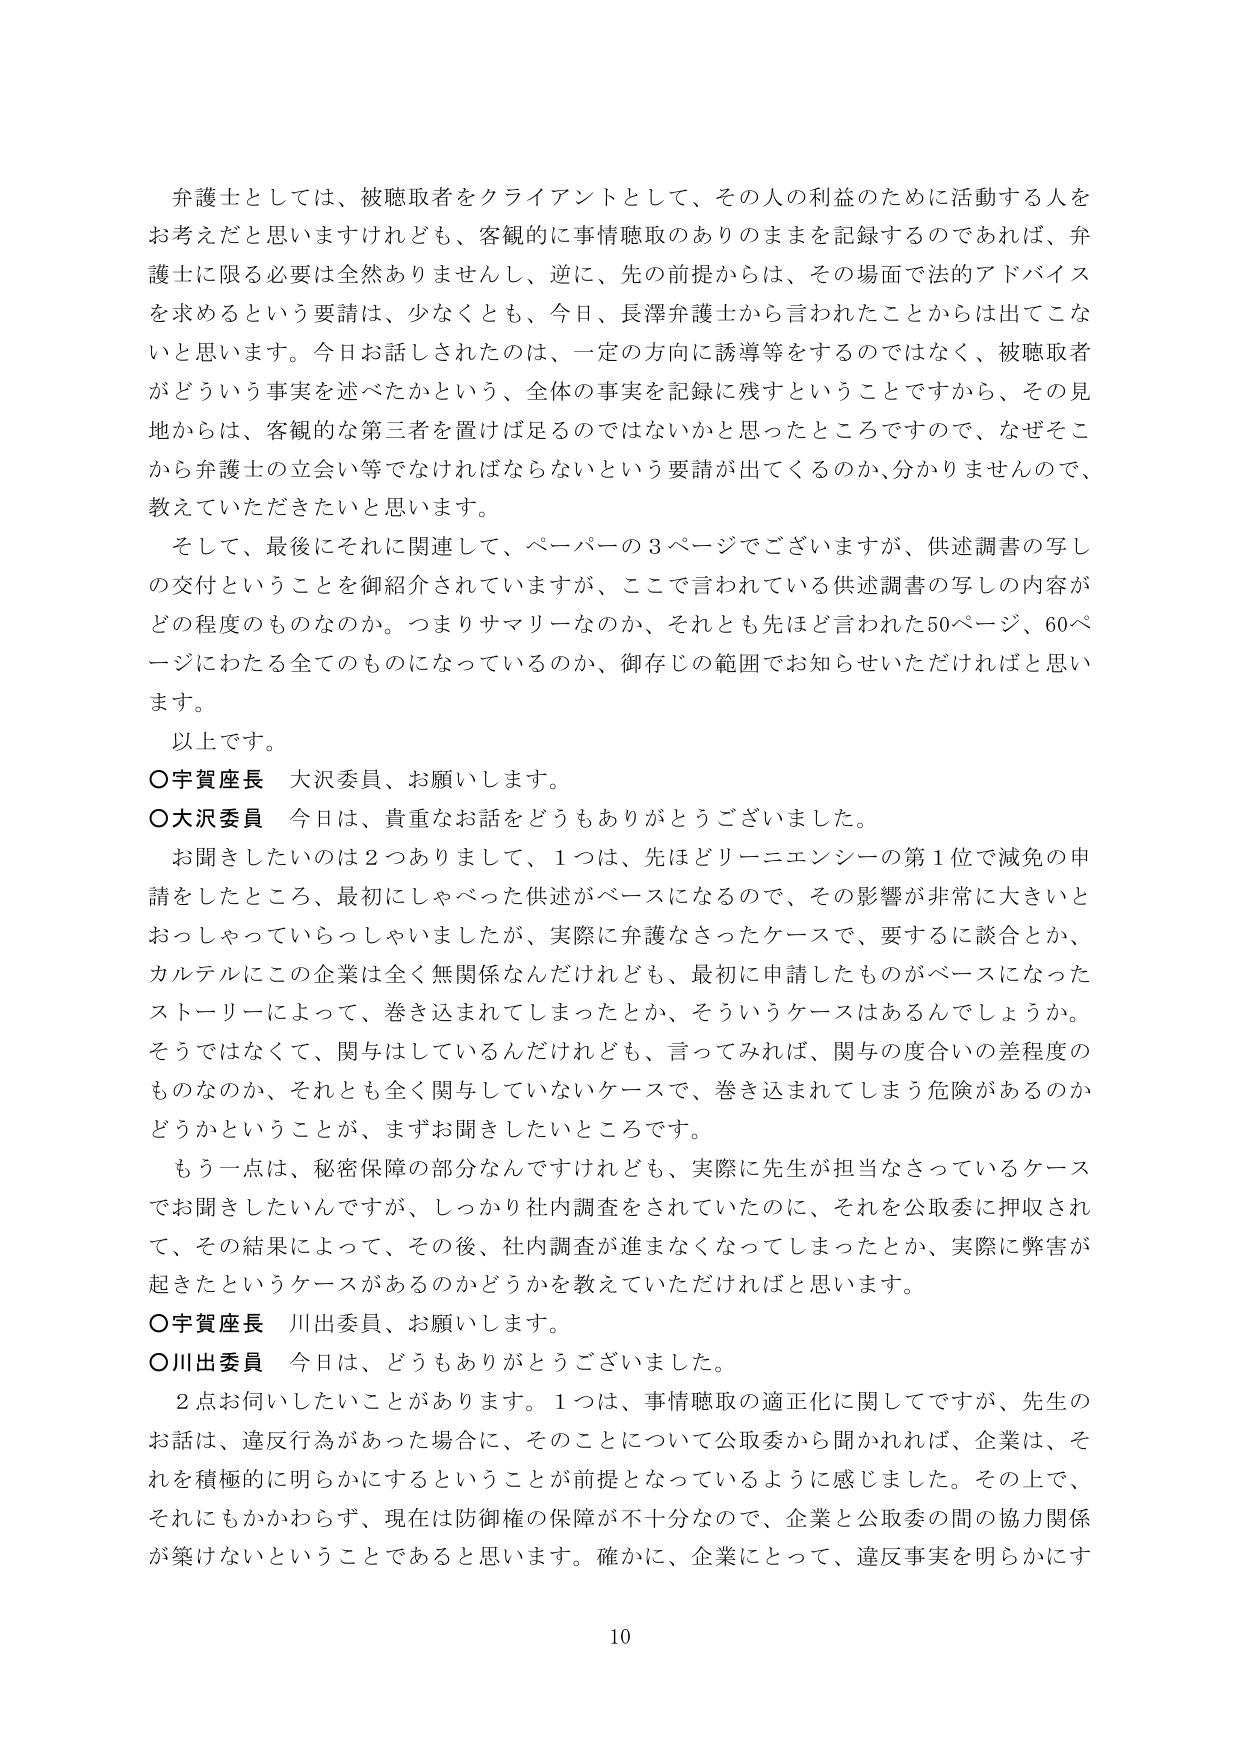
弁護士としては、被聴取者をクライアントとして、その人の利益のために活動する人をお考えだと思いますけれども、客観的に事情聴取のありのままを記録するのであれば、弁護士に限る必要は全然ありませんし、逆に、先の前提からは、その場面で法的アドバイスを求めるという要請は、少なくとも、今日、長澤弁護士から言われたことからは出てこないと思います。今日お話しされたのは、一定の方向に誘導等をするのではなく、被聴取者がどういう事実を述べたかという、全体の事実を記録に残すということですから、その見地からは、客観的な第三者を置けば足るのではないかと思ったところですので、なぜそこから弁護士の立会い等でなければならないという要請が出てくるのか、分かりませんので、教えていただきたいと思います。

そして、最後にそれに関連して、ペーパーの3ページでございますが、供述調書の写しの交付ということを御紹介されていますが、ここで言われている供述調書の写しの内容がどの程度のものなのか。つまりサマリーなのか、それとも先ほど言われた50ページ、60ページにわたる全てのものになっているのか、御存じの範囲でお知らせいただければと思います。

以上です。

○宇賀座長　大沢委員、お願いします。

○大沢委員　今日は、貴重なお話をどうもありがとうございました。

お聞きしたいのは2つありまして、1つは、先ほどリーニエンシーの第1位で減免の申請をしたところ、最初にしゃべった供述がベースになるので、その影響が非常に大きいとおっしゃっていらっしゃいましたが、実際に弁護なさったケースで、要するに談合とか、カルテルにこの企業は全く無関係なんだけれども、最初に申請したものがベースになったストーリーによって、巻き込まれてしまったとか、そういうケースはあるんでしょうか。そうではなくて、関与はしているんだけれども、言ってみれば、関与の度合いの差程度のものなのか、それとも全く関与していないケースで、巻き込まれてしまう危険があるのかどうかということが、まずお聞きしたいところです。

もう一点は、秘密保障の部分なんですけれども、実際に先生が担当なさっているケースでお聞きしたいんですが、しっかり社内調査をされていたのに、それを公取委に押収されて、その結果によって、その後、社内調査が進まなくなってしまったとか、実際に弊害が起きたというケースがあるのかどうかを教えていただければと思います。

○宇賀座長　川出委員、お願いします。

○川出委員　今日は、どうもありがとうございました。

2点お伺いしたいことがあります。1つは、事情聴取の適正化に関してですが、先生のお話は、違反行為があった場合に、そのことについて公取委から聞かれれば、企業は、それを積極的に明らかにするということが前提となっているように感じました。その上で、それにもかかわらず、現在は防御権の保障が不十分なので、企業と公取委の間の協力関係が築けないということであると思います。確かに、企業にとって、違反事実を明らかにす

10